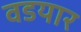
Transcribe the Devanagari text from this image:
वडयार